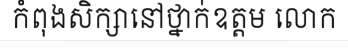
កំពុងសិក្សានៅថ្នាក់ឧត្តម លោក